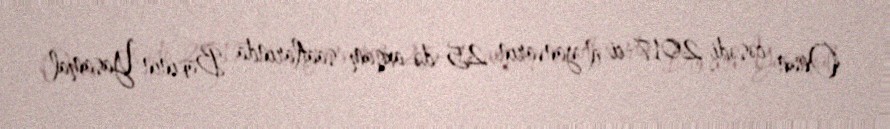
Onun cəsədi 2017-ci il yanvarın 25-də axşam saatlarında Bakının Yasamal